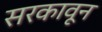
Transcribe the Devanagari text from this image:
सरकावून